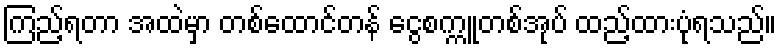
ကြည့်ရတာ အထဲမှာ တစ်ထောင်တန် ငွေစက္ကူတစ်အုပ် ထည့်ထားပုံရသည်။